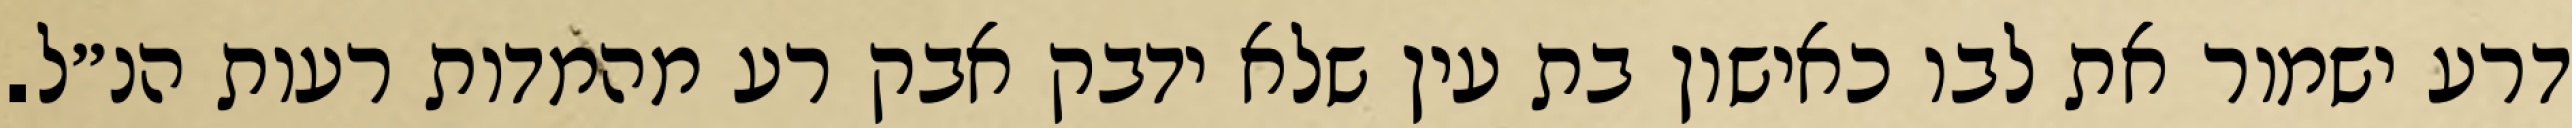
דרע ישמור את לבו כאישון בת עין שלא ידבק אבק רע מהמדות רעות הנ״ל.